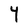
Character: Y